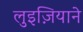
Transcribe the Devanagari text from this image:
लुइज़ियाने